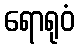
ရောရုဝံ